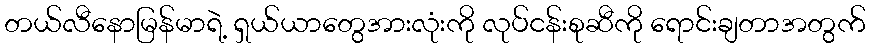
တယ်လီနောမြန်မာရဲ့ ရှယ်ယာတွေအားလုံးကို လုပ်ငန်းစုဆီကို ရောင်းချတာအတွက်